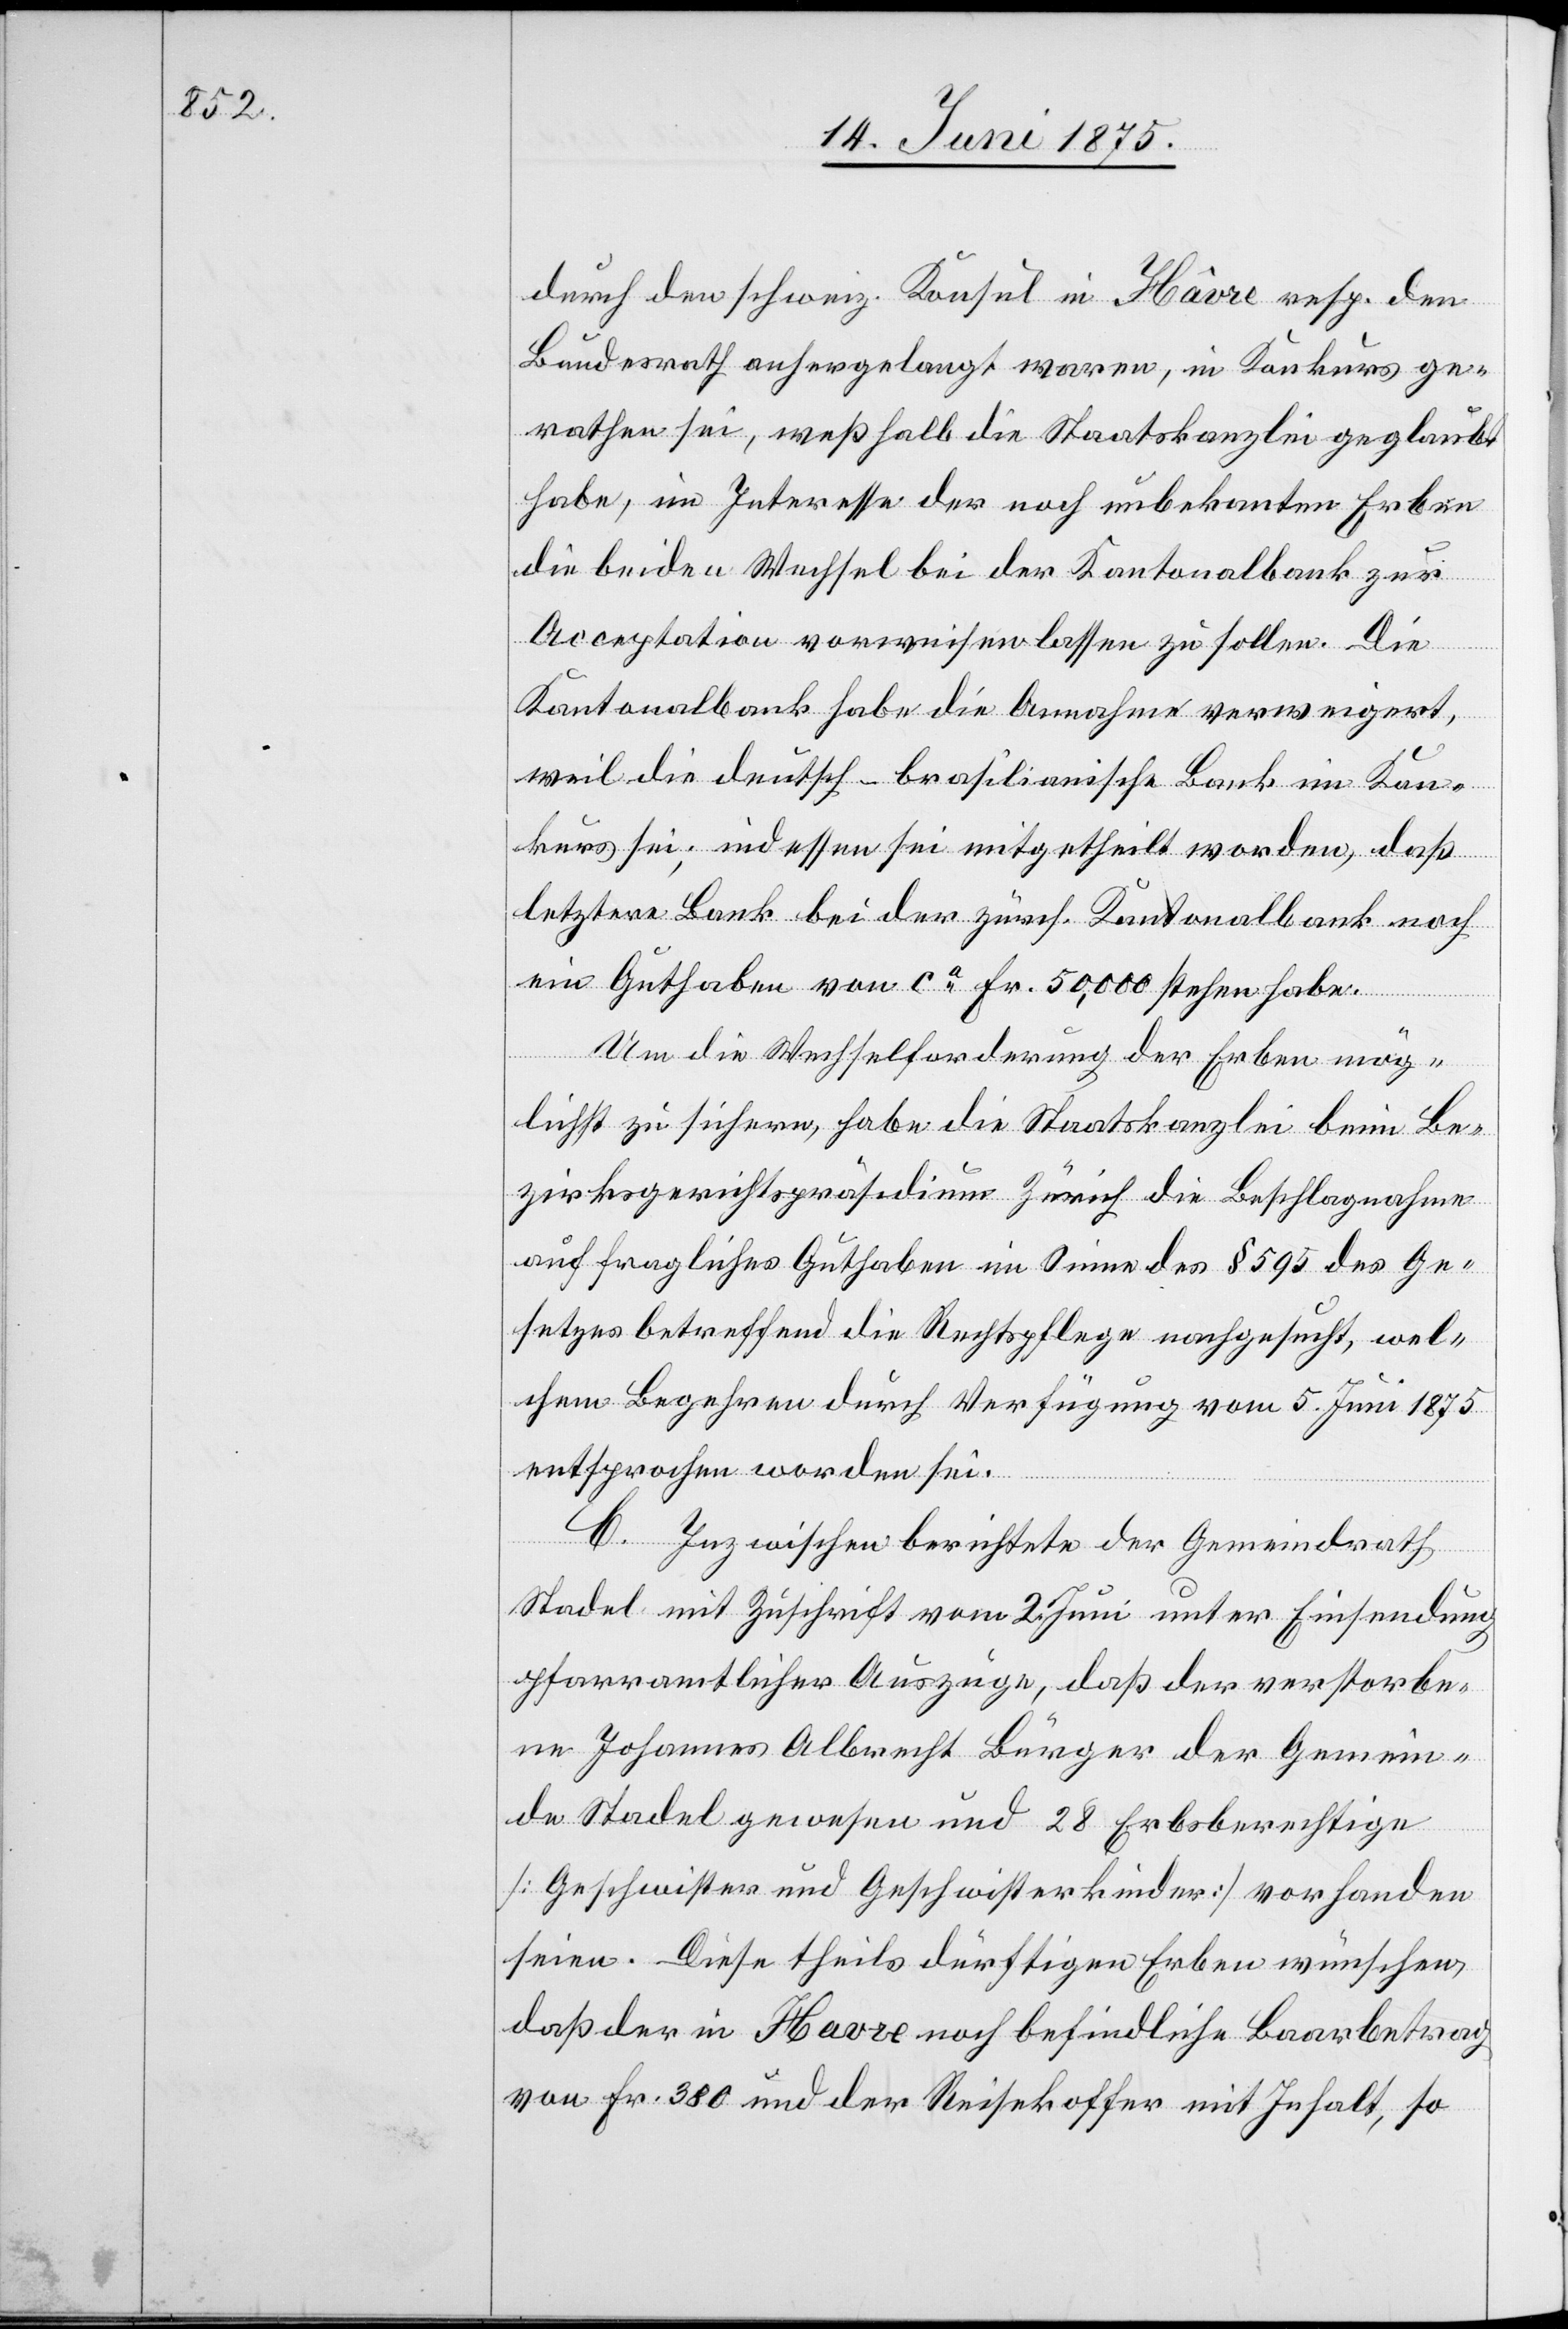
durch den schweiz. Konsul in Hâvre resp. den
Bundesrath anhergelangt waren, in Konkurs ge¬
rathen sei, weßhalb die Staatskanzlei geglaubt
habe, im Interesse der noch unbekannten Erben
die beiden Wechsel bei der Kantonalbank zur
Acceptation vorweisen lassen zu sollen. Die
Kantonalbank habe die Annahme verweigert,
weil die deutsch-brasilianische Bank in Kon¬
kurs sei; indessen sei mitgetheilt worden, daß
letztere Bank bei der zürch. Kantonalbank noch
ein Guthaben von ca Fr. 50,000 stehen habe.
Um die Wechselforderung der Erben mög¬
lichst zu sichern, habe die Staatskanzlei beim Be¬
zirksgerichtspräsidium Zürich die Beschlagnahme
auf fragliches Guthaben im Sinne des § 595 des Ge¬
setzes betreffend die Rechtspflege nachgesucht, wel¬
chem Begehren durch Verfügung vom 5. Juni 1875
entsprochen worden sei.
C. Inzwischen berichtete der Gemeindrath
Stadel mit Zuschrift vom 2. Juni unter Einsendung
pfarramtlicher Auszüge, daß der verstorbe¬
ne Johannes Albrecht Bürger der Gemein¬
de Stadel gewesen und 28 Erbberechtige
[Geschwister, und Geschwisterkinder] vorhanden
seien. Diese theils dürftigen Erben wünschen,
daß der in Havre [sic!] noch befindliche Baarbetrag
von Fr. 380 und der Reisekoffer mit Inhalt, so